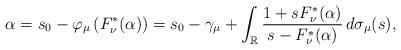
LaTeX: \begin{align*}\alpha=s_{0}-\varphi_{\mu}\left(F_{\nu}^{*}(\alpha)\right)=s_{0}-\gamma_{\mu}+\int_{\mathbb{R}}\frac{1+sF_{\nu}^{*}(\alpha)}{s-F_{\nu}^{*}(\alpha)}\,d\sigma_{\mu}(s),\end{align*}